Vaccination report Assam 1896-1927 - 1896-1927
Year: 1896
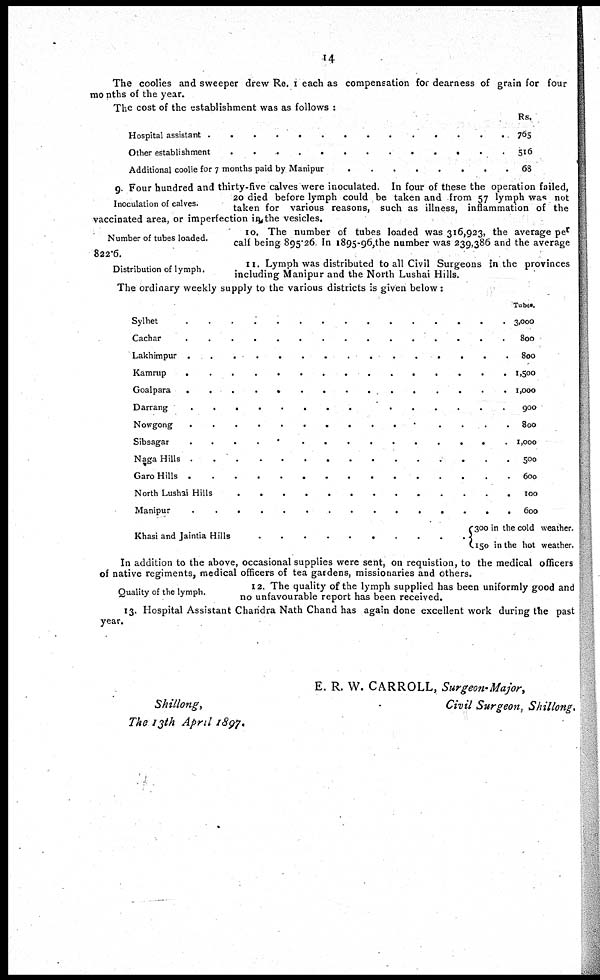
14
The coolies and sweeper drew Re. 1 each as compensation for dearness of grain for four
months of the year.
The cost of the establishment was as follows :
Hospital assistant .........................
Other establishment ...................
Additional coolie for 7 months paid by Manipur ..............
Rs.
765
516
68
Inoculation of calves.
9. Four hundred and thirty-five calves were inoculated. In four of these the operation failed,
20 died before lymph could be taken and from 57 lymph was not
taken for various reasons, such as illness, inflammation of the
vaccinated area, or imperfection in the vesicles.
Number of tubes loaded.
10. The number of tubes loaded was 316,923, the average per
calf being 895.26. In 1895-96, the number was 239,386 and the average
822.6.
Distribution of lymph.
11. Lymph was distributed to all Civil Surgeons in the provinces
including Manipur and the North Lushai Hills.
The ordinary weekly supply to the various districts is given below:
Sylhet .............................
Cachar .......................
Lakhimpur ......................
Kamrup ..............................
Golapara .........................
Darrang .....................
Nowgong ..........................
Sibsagar ...............................
Naga Hills .......................
Garo Hills ......................
North Lushai Hills .......................
Manipur .........................
Khsi and Jaintia Hills .................
Tubes.
3,000
800
800
1,500
1,000
900
800
1,000
500
600
100
600
300 in the cold weather.
150 in the hot weather.
In addition to the above, occasional supplies were sent, on requistion, to the medical officers
of native regiments, medical officers of tea gardens, missionaries and others.
Quality of the lymph.
12. The quality of the lymph supplied has been uniformly good and
no unfavourable report has been received.
13. Hospital Assistant Chandra Nath Chand has again done excellent work during the past
year.
E. R. W. CARROLL, Surgeon-Major,
Civil Surgeon, Shillong.
Shillong,
The 13th April 1897.